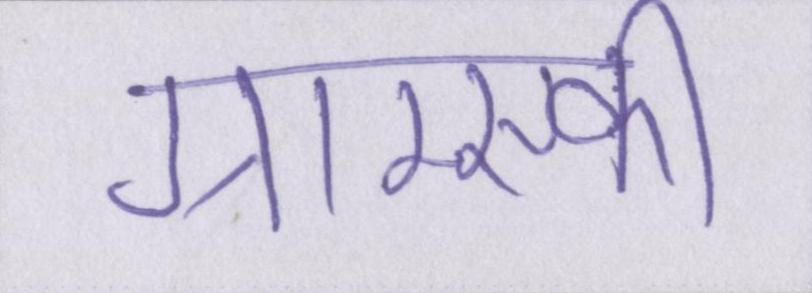
ग्राम्स्की